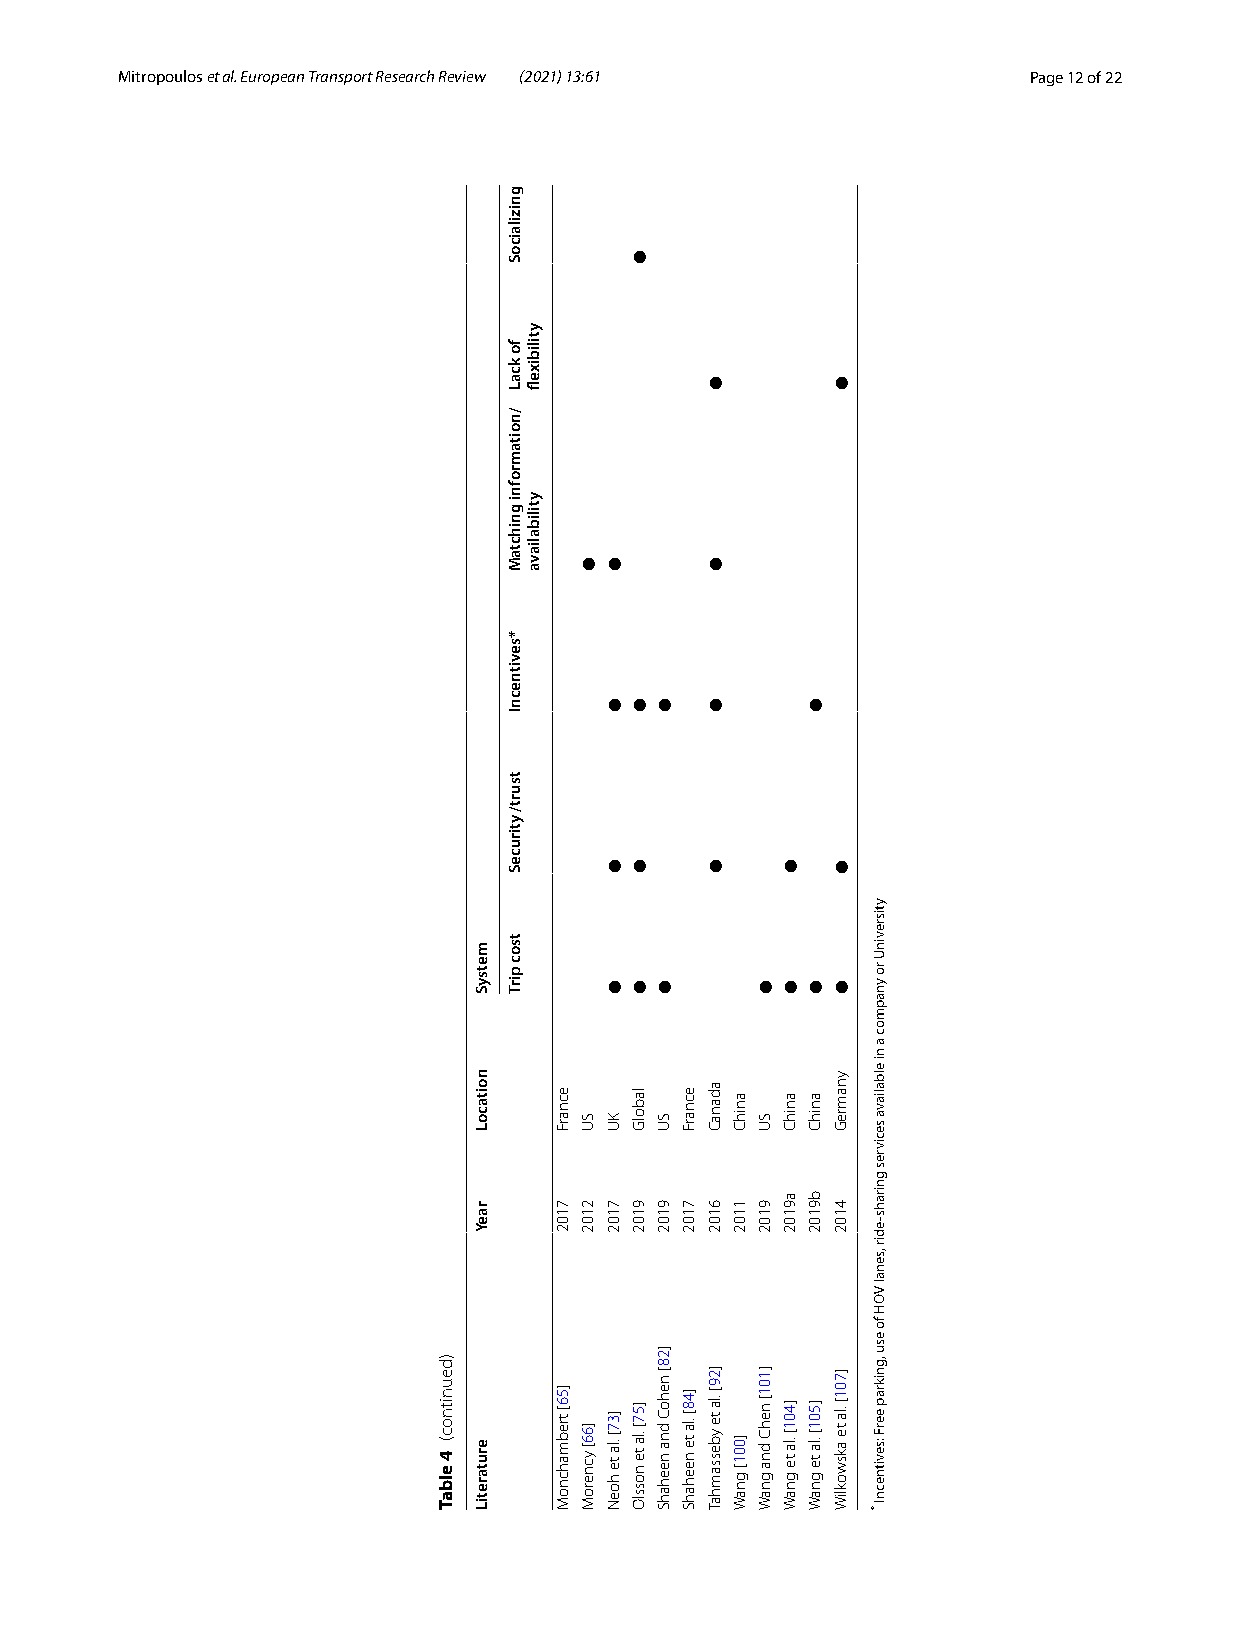
Mitropoulos et al. European Transport Research Review (2021) 13:61 Page 12 of 22
 )deunitnoc(
 4
 elbaT
 metsyS
 noitacoL
 raeY
 erutaretiL
 gnizilaicoS
 fo
 kcaL
 /noitamrofni
 gnihctaM
 *sevitnecnI
 tsurt/
 ytiruceS
 tsoc
 pirT
 ytilibixefl
 ytilibaliava
 ecnarF
 7102
 ]56[ trebmahcnoM
 ●
 SU
 2102
 ]66[ ycneroM
 ●
 ●
 ●
 ●
 KU
 7102
 ]37[ .la te
 hoeN
 ●
 ●
 ●
 ●
 labolG
 9102
 ]57[ .la te
 nosslO
 ●
 ●
 SU
 9102
 ]28[
 nehoC
 dna neehahS
 ecnarF
 7102
 ]48[ .la te neehahS
 ●
 ●
 ●
 ●
 adanaC
 6102
 ]29[
 .la te ybessamhaT
 anihC
 1102
 ]001[
 gnaW
 ●
 SU
 9102
 ]101[
 nehC dna
 gnaW
 ●
 ●
 anihC
 a9102
 ]401[ .la te
 gnaW
 ●
 ●
 anihC
 b9102
 ]501[ .la te
 gnaW
 ●
 ●
 ●
 ynamreG
 4102
 ]701[
 .la te akswokliW
 ytisrevinU
 ro
 ynapmoc
 a
 ni
 elbaliava
 secivres
 gnirahs-edir
 ,senal
 VOH
 fo
 esu
 ,gnikrap
 eerF :sevitnecnI
 *